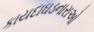
કાયદાઘડનારાઓ